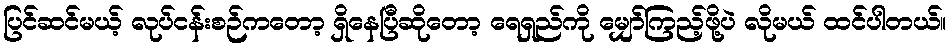
ပြင်ဆင်မယ့် လုပ်ငန်းစဉ်ကတော့ ရှိနေပြီဆိုတော့ ရေရှည်ကို မျှော်ကြည့်ဖို့ပဲ လိုမယ် ထင်ပါတယ်။